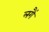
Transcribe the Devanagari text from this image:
लगैं